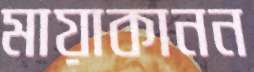
মায়াকানন